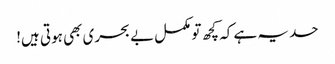
حد یہ ہے کہ کچھ تو مکمل بے بحری بھی ہوتی ہیں!